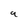
Character: q